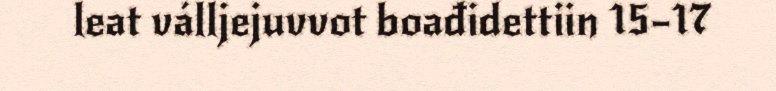
leat válljejuvvot boađidettiin 15–17